Report on sanitation, dispensaries, and jails in Rajputana for 1921, and on vaccination for the year 1921-1922 - 1921-1922
Year: 1921
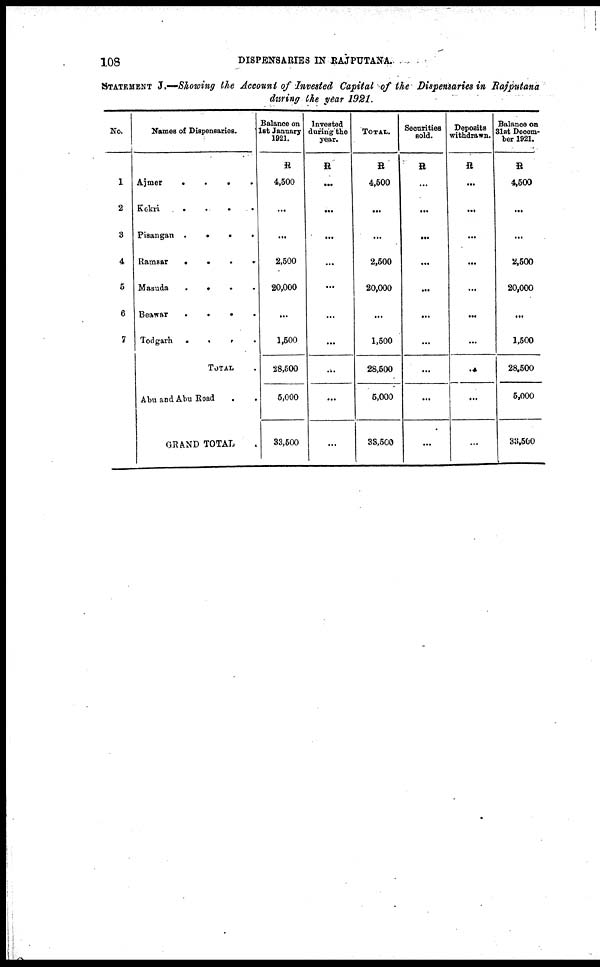
108
DISPENSARIES IN RAJPUTANA
STATEMENT J.—Showing the Account of Invested Capital of the Dispensaries in Rajputana
during the year 1921.
No.
1
2
3
4
5
6
7
Names of Dispensaries.
Ajmer
....
Kekri
....
Pisangan
....
Ramsar
....
Masuda
....
Beawar
....
Todgarh
....
TOTAL.
Abu and Abu Road ..
GRAND TOTAL .
Balance on
1st January
1921.
R
4,500
...
...
2,500
20,000
...
1,500
28,500
5,000
33,500
Invested
during the
year.
R
...
...
...
...
...
...
...
...
...
...
TOTAL.
R
4,500
...
...
2,500
20,000
...
1,500
28,500
5,000
33,500
Securities
sold.
R
...
...
...
...
...
...
...
...
...
...
Deposits
withdrawn.
R
...
...
...
...
...
...
...
...
...
...
Balance on
31st Decem-
ber 1921.
R
4,500
...
...
2,500
20,000
...
1,500
28,500
5,000
33,500